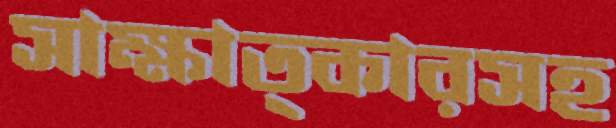
সাক্ষাত্কারসহ